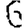
Digit: 6